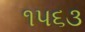
૧૫૬૩